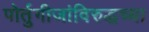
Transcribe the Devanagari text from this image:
पोर्तुगीजांविरुद्धच्या